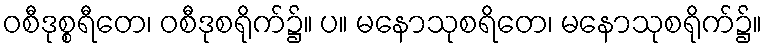
ဝစီဒုစ္စရီတေ၊ ဝစီဒုစရိုက်၌။ ပ။ မနောသုစရိတေ၊ မနောသုစရိုက်၌။